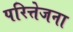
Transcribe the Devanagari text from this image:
परित्तेजना